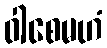
ဝါစေမဟံ